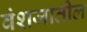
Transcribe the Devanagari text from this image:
वंशजातील